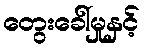
တွေးခေါ်မှုနှင့်